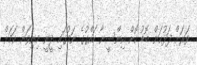
ވަރަށް ފަޅުކަން ބޮޑު ކޮށް އިންސީނާ ހައްގުގެ ނަމުގައި ދީނީ މިނިވަން ކަމަށް